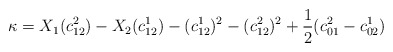
\begin{align*}\kappa = X_1(c_{12}^2)-X_2(c_{12}^1)-(c_{12}^1)^2-(c_{12}^2)^2+\frac{1}{2}(c_{01}^2-c_{02}^1)\end{align*}